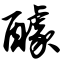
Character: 醵